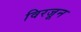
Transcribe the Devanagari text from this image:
विरजून